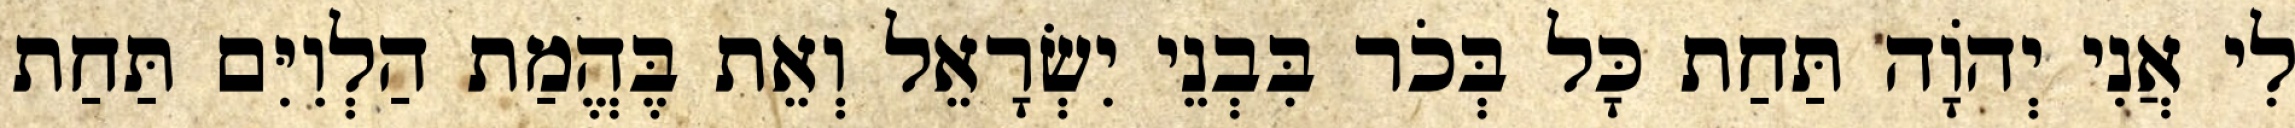
לִי אֲנִי יְהֹוָה תַּחַת כָּל בְּכֹר בִּבְנֵי יִשְׂרָאֵל וְאֵת בֶּהֱמַת הַלְוִיִּם תַּחַת